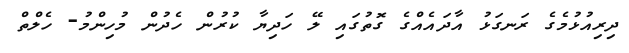
ދިރިއުޅުމެގެ ރަނގަޅު އާދައެއްގެ ގޮތުގައި ލޭ ހަދިޔާ ކުރުން ހެދުން މުހިންމު- ހެލްތް